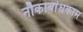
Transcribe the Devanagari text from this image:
नौकाबांधकाम